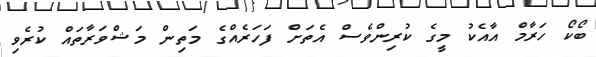
ބޯކޯ ހަރާމް އާއެކު މީގެ ކުރިންވެސް އެތަށް ފަހަރެއްގެ މަތިން މަޝްވަރާތައް ކުރެވި